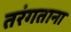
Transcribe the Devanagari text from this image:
तरंगताना